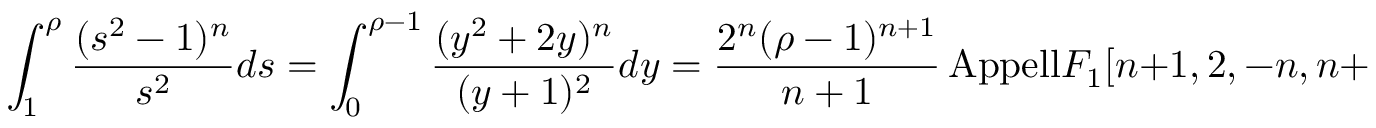
\int _ { 1 } ^ { \rho } \frac { ( s ^ { 2 } - 1 ) ^ { n } } { s ^ { 2 } } d s = \int _ { 0 } ^ { \rho - 1 } \frac { ( y ^ { 2 } + 2 y ) ^ { n } } { ( y + 1 ) ^ { 2 } } d y = \frac { 2 ^ { n } ( \rho - 1 ) ^ { n + 1 } } { n + 1 } \, \mathrm { { A p p e l l } } F _ { 1 } [ n + 1 , 2 , - n , n + 2 , 1 - \rho , \frac { 1 - \rho } { 2 } ]